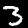
Digit: 3